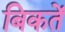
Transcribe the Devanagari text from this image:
बिकतें